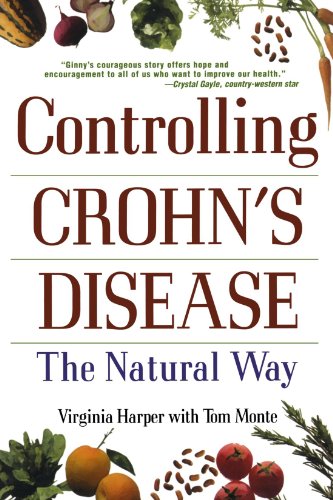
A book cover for Controlling Crohn's Disease: The Natural Way; Virginia Harper; Health, Fitness & Dieting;